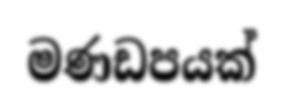
මණඩපයක්